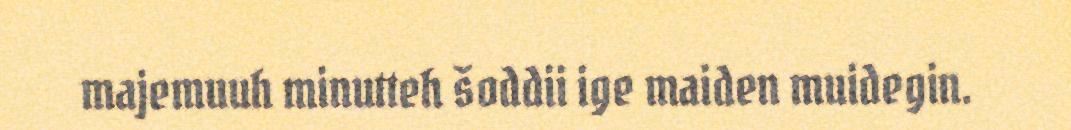
majemuuh minutteh šoddii ige maiden muidegin.